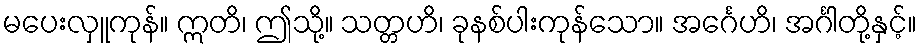
မပေးလှူကုန်။ ဣတိ၊ ဤသို့။ သတ္တဟိ၊ ခုနစ်ပါးကုန်သော။ အင်္ဂေဟိ၊ အင်္ဂါတို့နှင့်။